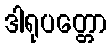
ဒါရုပတ္တော